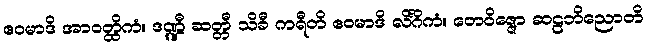
ဧဝမာဒိ အာဝတ္ထိကံ။ ဒဏ္ဍီ ဆတ္တီ သိခီ ကရီတိ ဧဝမာဒိ လိင်္ဂိကံ။ တေဝိဇ္ဇော ဆဠဘိညောတိ